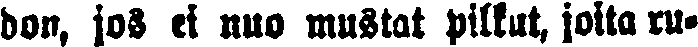
don, jos ei nuo mustat pilkut, joita ru-